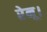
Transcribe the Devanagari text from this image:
रेनू।